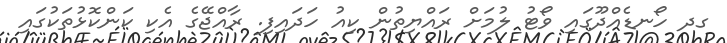
ގދ ހޯނޑެއްދޫގައި ވޯޓު ލުމަށް ރައްޔިތުން ކިއު ހަދައިފި. ރާއްޖޭގެ އެކި ކަންކޮޅުތަކުގައި